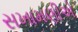
સખામણીએ